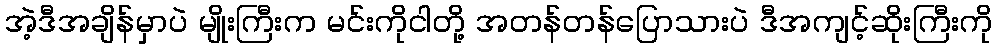
အဲ့ဒီအချိန်မှာပဲ မျိုးကြီးက မင်းကိုငါတို့ အတန်တန်ပြောသားပဲ ဒီအကျင့်ဆိုးကြီးကို